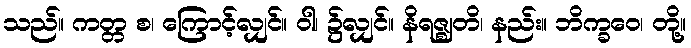
သည်။ ကတ္တ စ၊ ကြောင့်လျှင်။ ဝါ၊ ၌လျှင်။ နိရဇ္ဈတိ၊ နည်း။ ဘိက္ခဝေ၊ တို့။